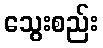
သွေးစည်း